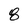
Character: 8